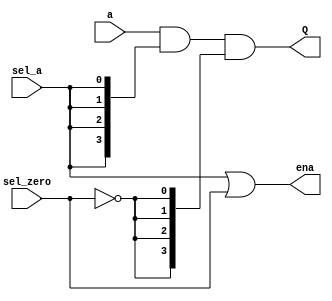
// This program was cloned from: https://github.com/ManuFerHi/N-GO
// License: GNU General Public License v3.0

// Copyright (C) 1991-2013 Altera Corporation
// Your use of Altera Corporation's design tools, logic functions 
// and other software and tools, and its AMPP partner logic 
// functions, and any output files from any of the foregoing 
// (including device programming or simulation files), and any 
// associated documentation or information are expressly subject 
// to the terms and conditions of the Altera Program License 
// Subscription Agreement, Altera MegaCore Function License 
// Agreement, or other applicable license agreement, including, 
// without limitation, that your use is for the sole purpose of 
// programming logic devices manufactured by Altera and sold by 
// Altera or its authorized distributors.  Please refer to the 
// applicable agreement for further details.

// PROGRAM		"Quartus II 64-Bit"
// VERSION		"Version 13.0.1 Build 232 06/12/2013 Service Pack 1 SJ Web Edition"
// CREATED		"Fri Oct 31 21:18:33 2014"

module alu_mux_2z(
	sel_a,
	sel_zero,
	a,
	ena,
	Q
);


input wire	sel_a;
input wire	sel_zero;
input wire	[3:0] a;
output wire	ena;
output wire	[3:0] Q;

wire	[3:0] SYNTHESIZED_WIRE_0;
wire	SYNTHESIZED_WIRE_1;




assign	SYNTHESIZED_WIRE_0 = a & {sel_a,sel_a,sel_a,sel_a};

assign	ena = sel_a | sel_zero;

assign	Q = SYNTHESIZED_WIRE_0 & {SYNTHESIZED_WIRE_1,SYNTHESIZED_WIRE_1,SYNTHESIZED_WIRE_1,SYNTHESIZED_WIRE_1};

assign	SYNTHESIZED_WIRE_1 =  ~sel_zero;


endmodule